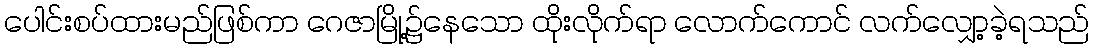
ပေါင်းစပ်ထားမည်ဖြစ်ကာ ဂေဇာမြို့၌နေသော ထိုးလိုက်ရာ လောက်ကောင် လက်လျှော့ခဲ့ရသည်